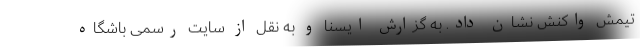
تیمش واکنش نشان داد. به گزارش ایسنا و به نقل از سایت رسمی باشگاه